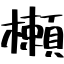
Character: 櫴